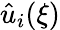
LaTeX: \hat{u}_{i}(\xi)